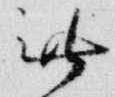
無